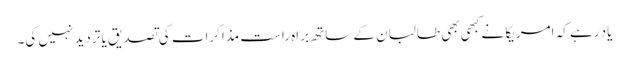
یاد رہے کہ امریکا نے کبھی بھی طالبان کے ساتھ براہ راست مذاکرات کی تصدیق یا تردید نہیں کی۔